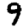
Digit: 9